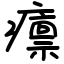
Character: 癝